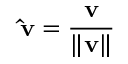
\mathbf { \hat { v } } = { \frac { \mathbf { v } } { \Vert \mathbf { v } \Vert } }